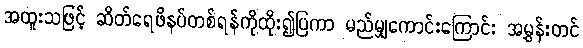
အထူးသဖြင့် ဆိတ်ရေဖိနပ်တစ်ရန်ကိုထိုး၍ပြကာ မည်မျှကောင်းကြောင်း အမွှန်းတင်